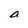
Character: a